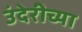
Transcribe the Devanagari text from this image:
उंदेरीच्या